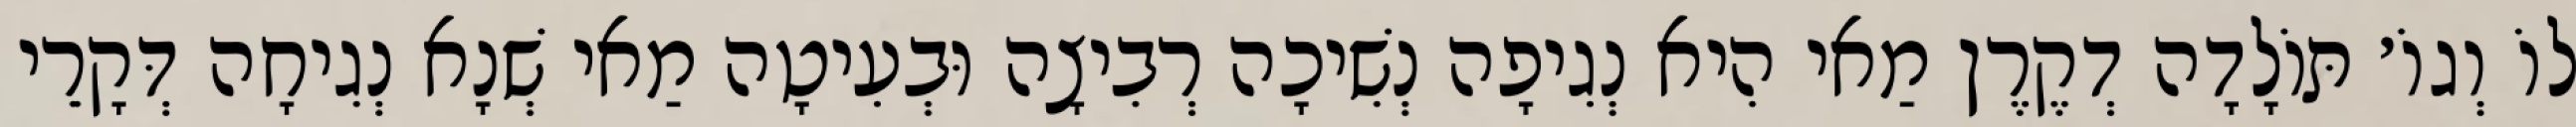
לוֹ וְגוֹ׳ תּוֹלָדָה דְקֶרֶן מַאי הִיא נְגִיפָה נְשִׁיכָה רְבִיצָה וּבְעִיטָה מַאי שְׁנָא נְגִיחָה דְּקָרֵי